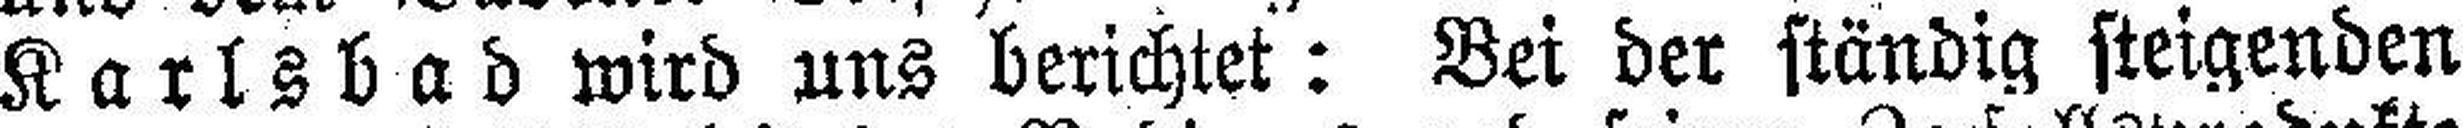
Karlsbad wird uns berichtet: Bei der ständig steigenden